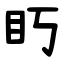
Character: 䀎